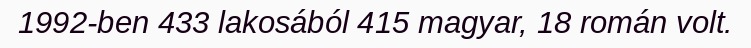
1992-ben 433 lakosából 415 magyar, 18 román volt.